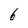
Character: 6